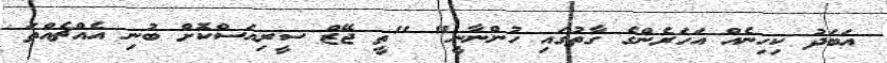
އަބަދު ކިހިނެއް އަހަރެންގެ ގާތުގައި ހުންނާނީ" "ތީ ޖޭޒް ސީރިއަސްކޮށް ބުނި އެއްޗެއްތަ